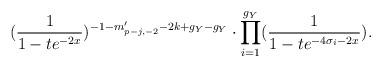
LaTeX: \begin{align*}(\frac{1}{1-te^{-2x}})^{-1-m'_{p-j,-2}-2k+g_{Y}-g_{Y}}\cdot\prod_{i=1}^{g_{Y}}(\frac{1}{1-te^{-4\sigma_{i}-2x}}).\end{align*}